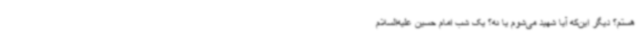
هستم؟ دیگر این‌که آیا شهید می‌شوم یا نه؟ یک شب امام حسین علیه‌السلام